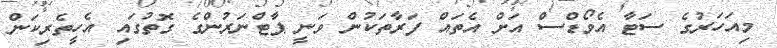
މިއަހަރުގެ ސަޓާ އެވޯޑްސް އަށް އެތައް ފަރާތަކުން ވަނީ ޕާޓްނަރުންގެ ގޮތުގައި އެހީތެރިކަން